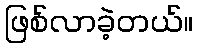
ဖြစ်လာခဲ့တယ်။